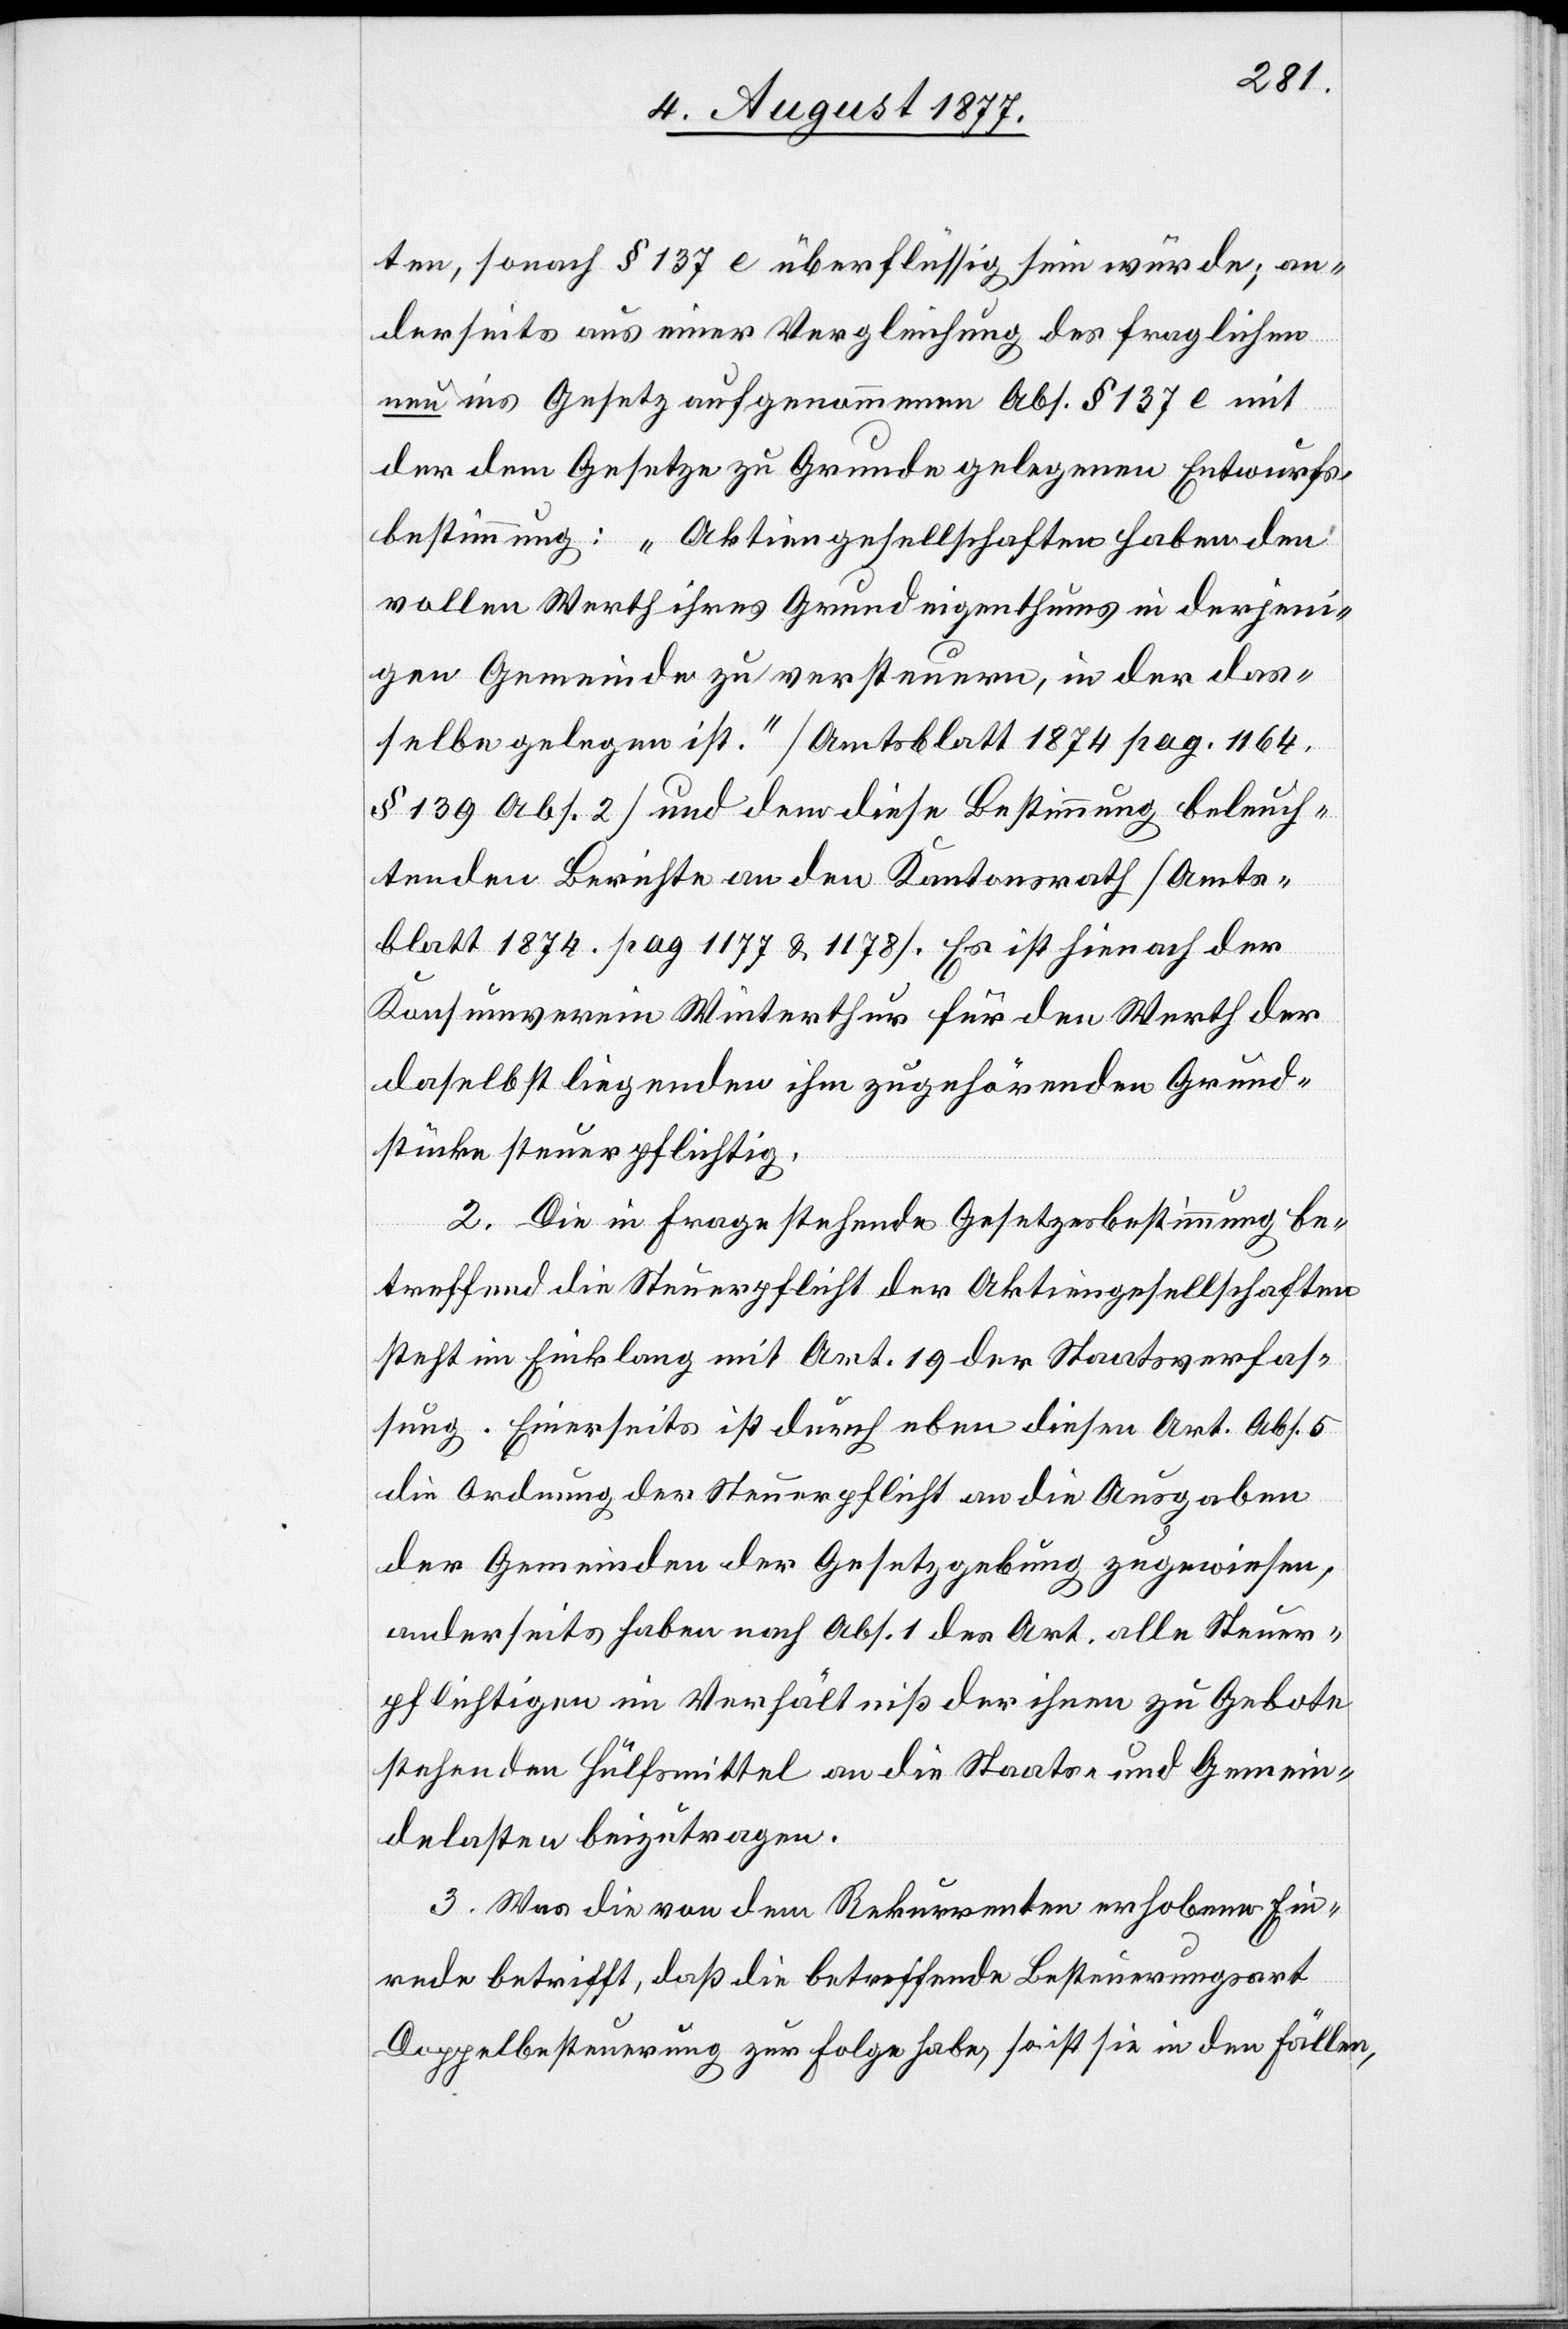
ten, sonach § 137 e überflüssig sein würde; an¬
derseits aus einer Vergleichung des fraglichen
neu ins Gesetz aufgenommenen Abs. § 137 e mit
der dem Gesetze zu Grunde gelegenen Entwurfs¬
bestimmung: „Aktiengesellschaften haben den
vollen Werth ihres Grundeigenthums in derjeni¬
gen Gemeinde zu versteuern, in der das¬
selbe gelegen ist.“ [Amtsblatt 1874 pag. 1164.
§ 139 Abs. 2] und dem diese Bestimmung beleuch¬
tenden Berichte an den Kantonsrath [Amts¬
blatt 1874. pag. 1177 & 1178]. Es ist hienach der
Konsumverein Winterthur für den Werth der
daselbst liegenden ihm zugehörenden Grund¬
stücke steuerpflichtig.
2. Die in Frage stehende Gesetzesbestimmung be¬
treffend die Steuerpflicht der Aktiengesellschaften
steht im Einklang mit Art. 19 der Staatsverfas¬
sung. Einerseits ist durch eben diesen Art. Abs. 5
die Ordnung der Steuerpflicht an die Ausgaben
der Gemeinden der Gesetzgebung zugewiesen,
anderseits haben nach Abs. 1 des Art. alle Steuer¬
pflichtigen im Verhältniß der ihnen zu Gebote
stehenden Hülfsmittel an die Staats- und Gemein¬
delasten beizutragen.
3. Was die von dem Rekurrenten erhobene Ein¬
rede betrifft, daß die betreffende Besteuerungsart
Doppelbesteuerung zur Folge habe, so ist sie in den Fällen,